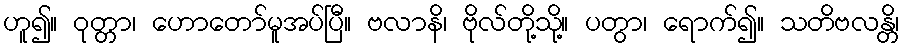
ဟူ၍။ ဝုတ္တာ၊ ဟောတော်မူအပ်ပြီ။ ဗလာနိ၊ ဗိုလ်တို့သို့။ ပတွာ၊ ရောက်၍။ သတိဗလန္တိ၊